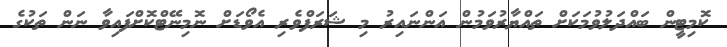
ކޮމިޓީން ބައްދަލުވުމަކަށް ތައްޔާރުވަމުން އަންނައިރު މި ޝަރަފްވެރި އެވޯޑަށް ނޮމިނޭޓްކޮށްފައިވާ ނަން ތަކުގެ